Trukikaitis_Postimees, lk 60
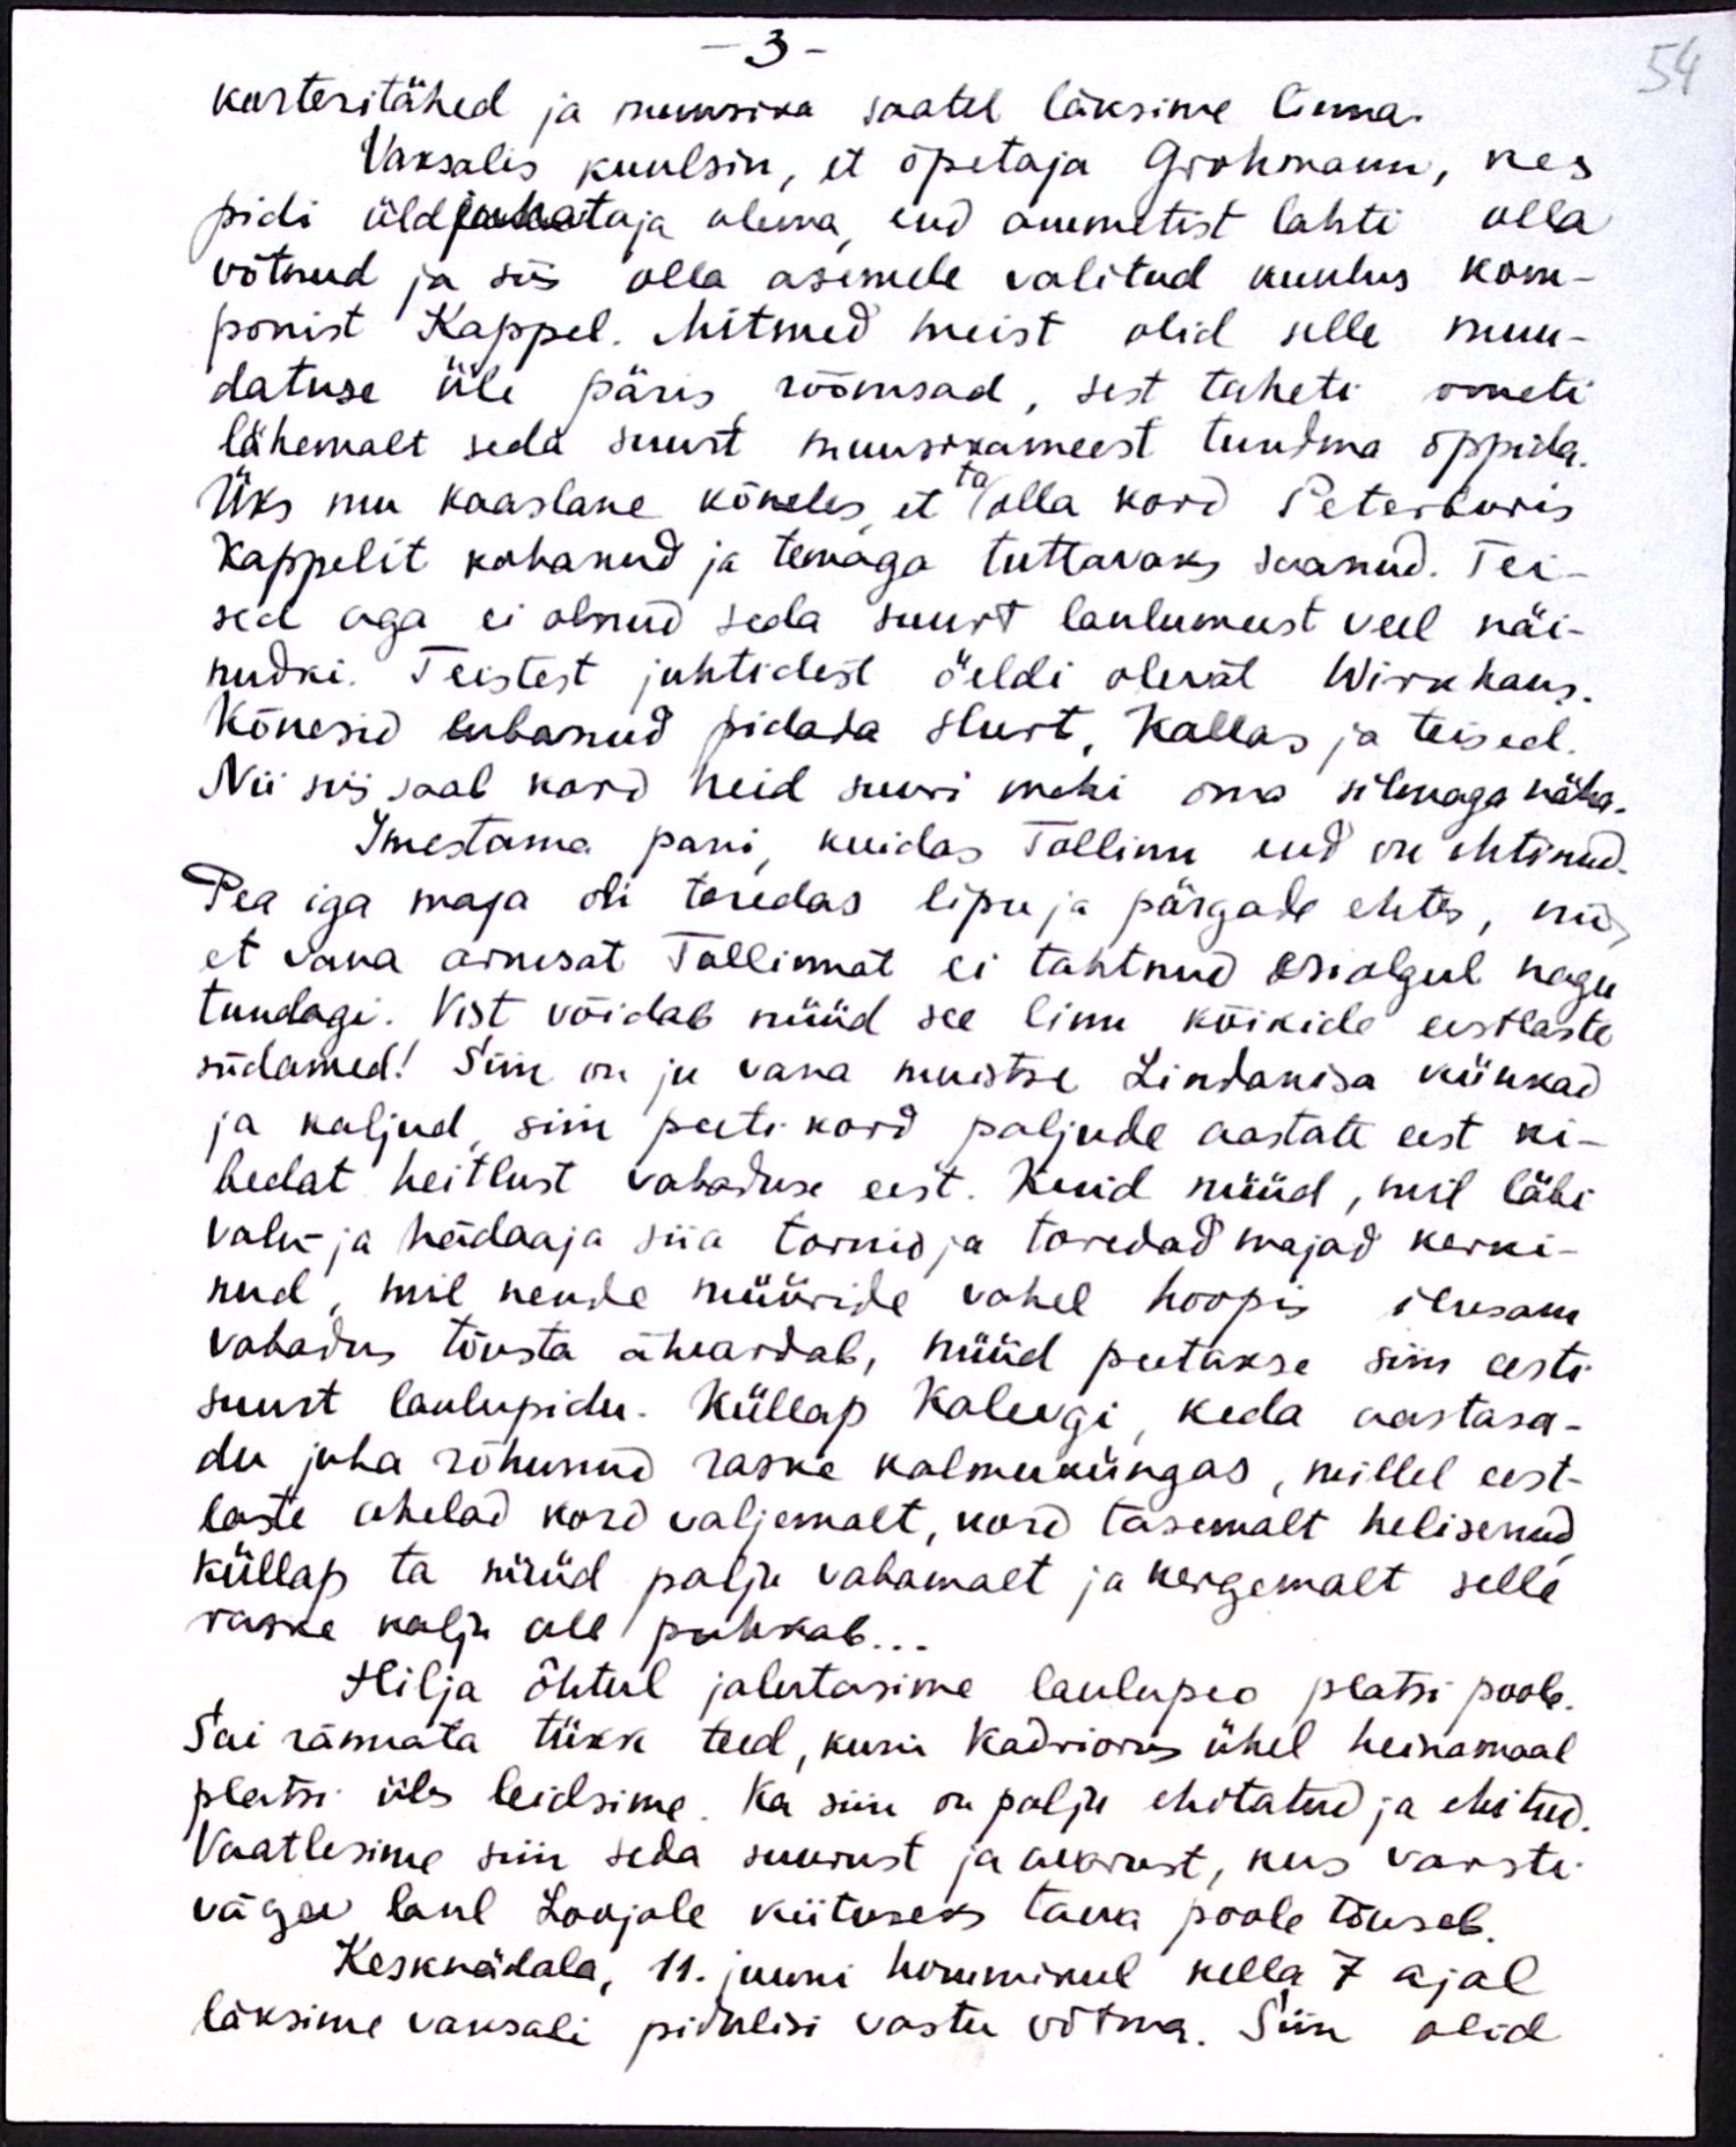
- 3 -
korteritähed ja muusika saatel läksime linna.
Vaksalis kuulsin, et õpetaja Grohmann, kes
pidi üldjuhataja olema, end ammetist lahti olla
võtnud ja siis olla asemele valitud kuulus kom-
ponist Kappel. Mitmed meist olid selle muu-
datuse üle päris rõõmsad, sest taheti ometi
lähemalt seda suurt muusikameest tundma õppida.
Üks mu kaaslane kõneles, et ta olla kord Peterburis
Kappelit kohanud ja temaga tuttavaks saanud. Tei-
sed aga ei olnud seda suurt laulumeest veel näi-
nudki. Teistest juhtidest öeldi olevat Wirkhaus.
Kõnesid lubanud pidada Hurt, Kallas ja teised.
Nii sii saab kord neid suuri mehi oma silmaga näha.
Imestama pani, kuidas Tallinn end on ehtinud.
Pea iga maja oli toredas lipu ja pärgade ehtes, nii,
et vana armsat Tallinnat ei tahtnud esialgul nagu
tundagi. Vist võidab nüüd see linn kõikide eestlaste
südamed! Siin on ju vana muistse Lindanisa künkad
ja kaljud, siin peeti kord paljude aastate eest ki-
bedat heitlust vabaduse eest. Kuid nüüd, mil läbi
valu ja hädaaja siia tornid ja toredad majad kerki-
nud, mil nende müüride vahel hoopis ilusam
vabadus tõusta ähvardab, nüüd peetakse siin eesti
suurt laulupidu. Küllap Kalevgi, keda aastasa-
du juba rõhunud raske kalmuküngas, millel eest-
laste ahelad kord valjemalt, kord tasemalt helisenud
küllap ta nüüd palju vabamalt ja kergemalt selle
raske kalju all puhkab...
Hilja õhtul jalutasime laulupeo platsi poole.
Sai rännata tükk teed, kuni Kadriorus ühel heinamaal
platsi üles leidsime. Ka siin on palju ehitatud ja ehitud.
Vaatlesime siin seda suurust ja avarust, kus varsti
vägev laul Loojale kiituseks taeva poole tõuseb.
Kesknädala, 11. juuni hommikul kella 7 ajal
läksime vaksali pidulisi vastu võtma. Siin olid

54